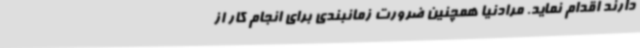
دارند اقدام نماید. مرادنیا همچنین ضرورت زمانبندی برای انجام کار از